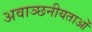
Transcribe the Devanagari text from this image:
अवाञ्छनीयताओं